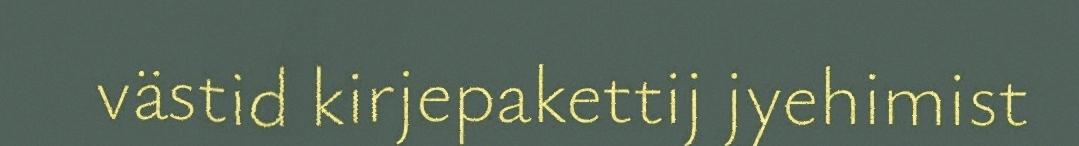
västid kirjepakettij jyehimist